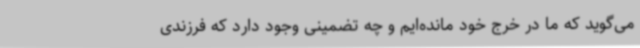
می‌گوید که ما در خرج خود مانده‌ایم و چه تضمینی وجود دارد که فرزندی